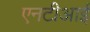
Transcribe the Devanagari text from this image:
एनटीआई